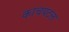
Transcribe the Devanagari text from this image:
काचपटल